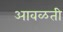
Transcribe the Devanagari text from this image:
आवळती